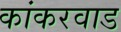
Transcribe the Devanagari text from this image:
कांकरवाड